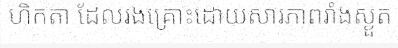
ហិកតា ដែលរងគ្រោះដោយសារភាពរាំងស្ងួត